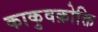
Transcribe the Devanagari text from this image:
काकुवक्रोक्ति